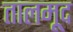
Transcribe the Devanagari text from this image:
तालमूद